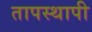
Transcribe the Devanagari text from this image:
तापस्थापी